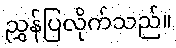
ညွှန်ပြလိုက်သည်။